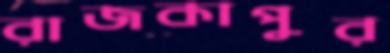
রাজকাপুর